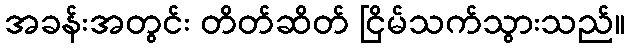
အခန်းအတွင်း တိတ်ဆိတ် ငြိမ်သက်သွားသည်။